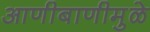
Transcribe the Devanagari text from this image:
आणीबाणीमुळे